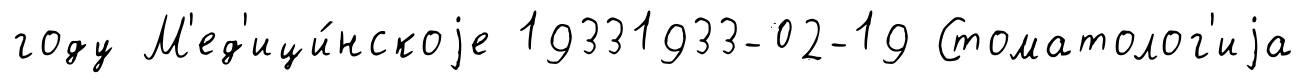
году М'ед'ици́нскоjе 19331933-02-19 Стоматолог'иjа